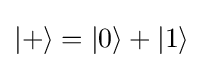
|+\rangle =|0\rangle +|1\rangle